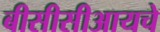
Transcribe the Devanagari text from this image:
बीसीसीआयचे